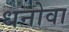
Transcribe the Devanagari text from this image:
धनोवा